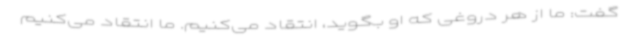
گفت: ما از هر دروغی که او بگوید، انتقاد می‌کنیم. ما انتقاد می‌کنیم